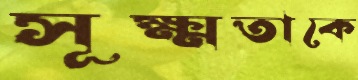
সূক্ষ্মতাকে